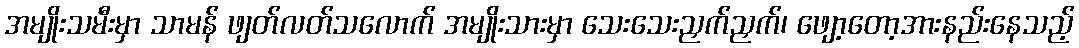
အမျိုးသမီးမှာ သာမန် ဖျတ်လတ်သလောက် အမျိုးသားမှာ သေးသေးညှက်ညှက်၊ ဖျော့တော့အားနည်းနေသည့်